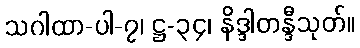
သဂါထာ-ပါ-၇၊ ဋ္ဌ-၃၄၊ နိဒ္ဒါတန္ဒီသုတ်။